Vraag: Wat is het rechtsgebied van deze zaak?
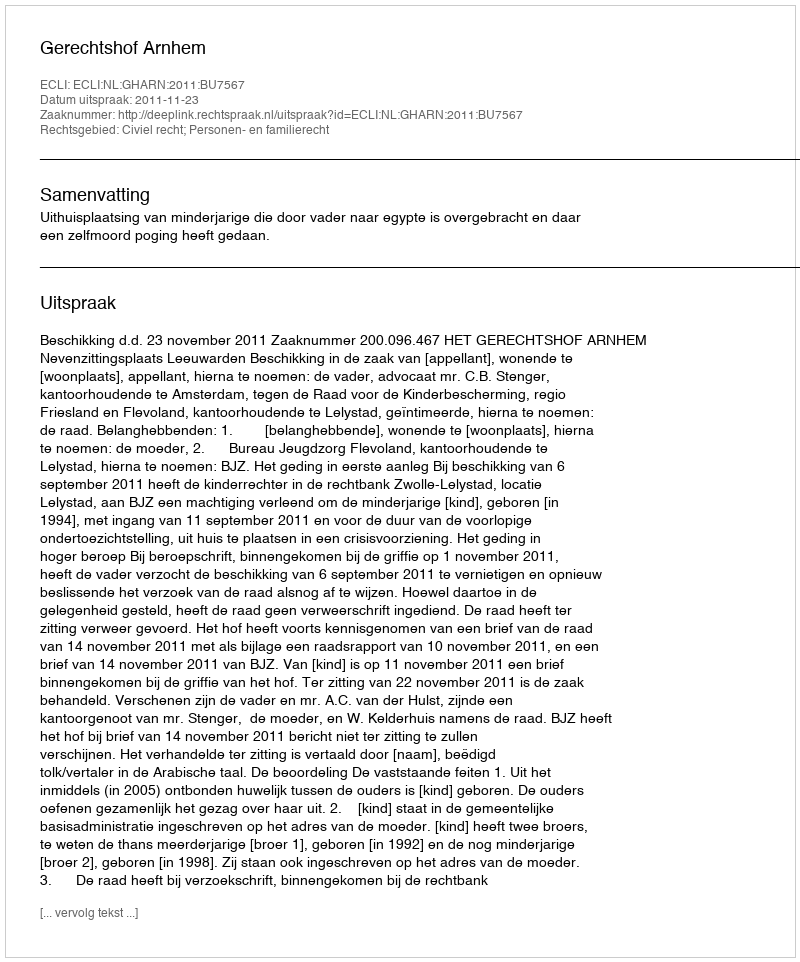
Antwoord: Civiel recht; Personen- en familierecht